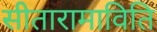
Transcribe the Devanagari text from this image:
सीतारामाविति